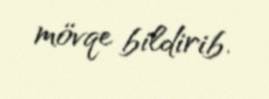
mövqe bildirib.